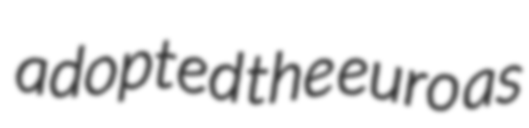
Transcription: adopted the euro as